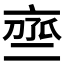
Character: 𬽒